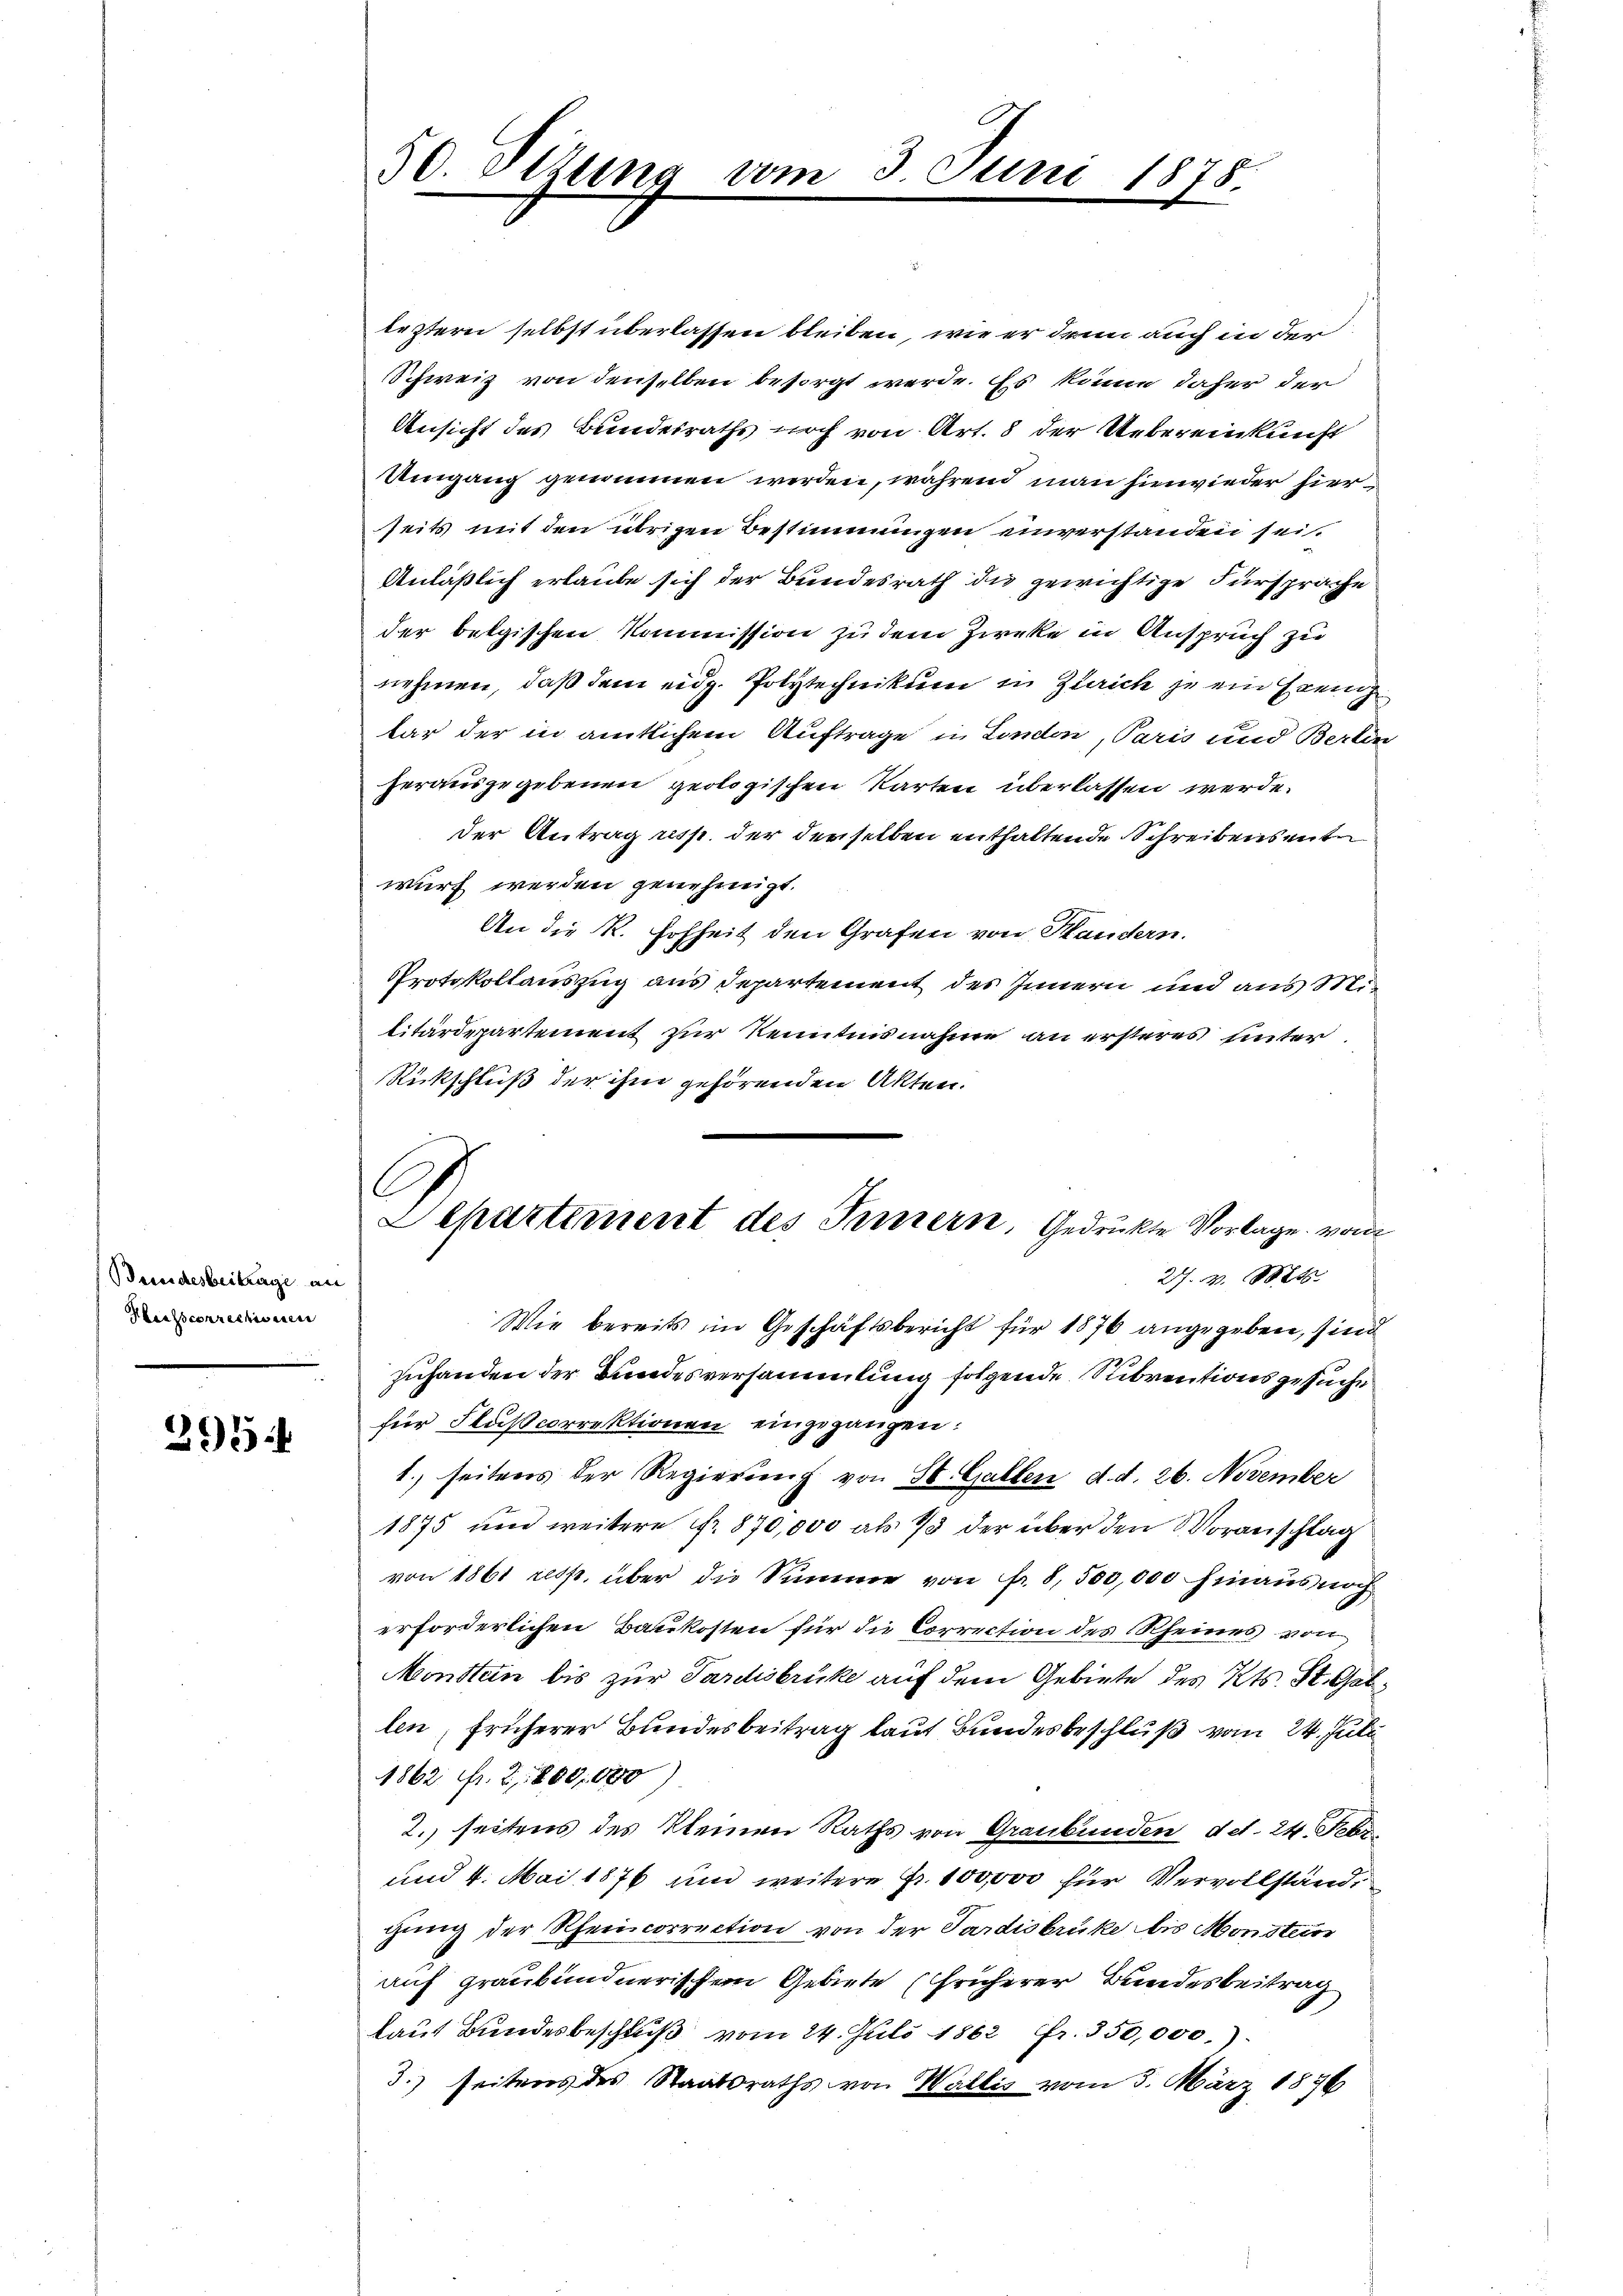
Beundesbeitrage an
Phrassconrechenen

295

50. Situng vom

leztern selbst überlassen bleiben, wie er denn auch in der
Schweiz von denselben besorgt werde. Es könne daher der
Ansicht des Bundesraths noch von Art. 8 der Uebereinkunft
Umgang genommen werden, während man hinwieder hierseits mit den übrigen Bestimmungen einverstanden sei.
Anläßlich erlaube sich der Bundesrath die gewichtige Fürsprache
der belgischen Kommission zu dem Zirke in Anspruch zu
nehmen, daß dem eidg. Polytechnikum in Zürich je ein Gren
tar der in amtlichem Auftrage in London, Paris und Berlin
herausgegebenen geologischen Karten überlassen werde.
der Antrag resp. der derselben enthaltende Schreibensente
wurf werden genehmigt.
An die R. Hohheit den Grafen von Handern.
Protokollauszug aus Departement des Innern und aus Militärdepartement zur Kenntnisnahme an ersteres unter
Rückschluß der ihm gehörenden Akten.
Wie bereits im Geschäftsbericht für 1876 angegeben, sind
zuhanden der Bundesversammlung folgende Subventionsgesuche
für Flußcorrektionen eingegangen:
1. seitens der Regierung von St. Gallen d. d. 26. November
1875 und weitere fr. 870,000 als 13 der über den Voranschlag
von 1861 resp. über die Summe von fr. 8,500,000 hinaus noch
erforderlichen Baukosten für die Correction des Rheines von
Monsten bis zur Pardisbruke auf dem Gebiete des Kts. St. Gotlen, früherer Bundesbeitrag laut Bundesbeschluß vom 24. Juli
1862 Fr. 2800,000
2. seitens des kleinen Raths von Graubünden, det. 24. Febr.
und 4. Mai 1876 und weitere Fr. 100,000 für Vervollständgung der Rheincorrection von der Pardisbruke bis Monsteine
auf graubündnerischen Gebiete (früherer Bundesbeitrag
laut Bundesbeschluß vom 24. Juli 1862 fr. 350,000.)
3.) seitens des Staatsraths von Wallis vom 5. März 1836

.
 Juri

1878.

A
Lepartement des Innern, Gedruckte Vorlage vom
27. v. Mt